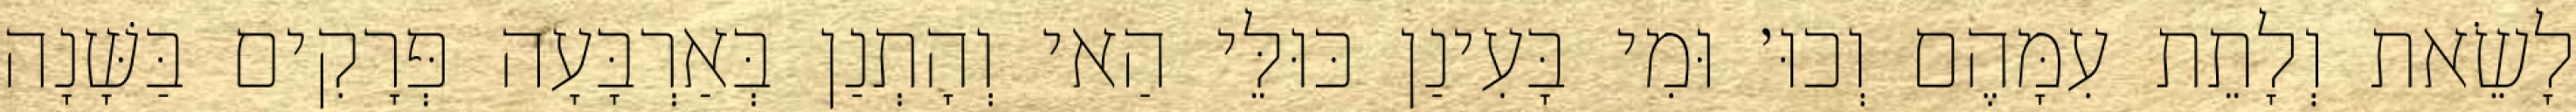
לָשֵׂאת וְלָתֵת עִמָּהֶם וְכוּ׳ וּמִי בָּעִינַן כּוּלֵּי הַאי וְהָתְנַן בְּאַרְבָּעָה פְּרָקִים בַּשָּׁנָה